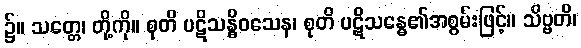
၌။ သတ္တေ၊ တို့ကို။ စုတိ ပဋိသန္ဓိဝသေန၊ စုတိ ပဋိသန္ဓေ၏အစွမ်းဖြင့်။ သိဗ္ဗတိ၊